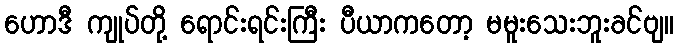
ဟောဒီ ကျုပ်တို့ ရောင်းရင်းကြီး ပီယာကတော့ မမူးသေးဘူးခင်ဗျ။